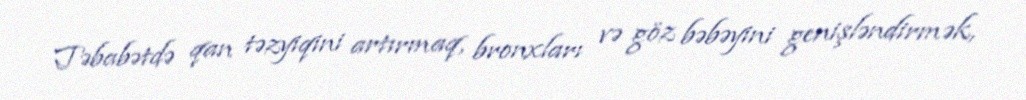
Təbabətdə qan təzyiqini artırmaq, bronxları və göz bəbəyini genişləndirmək,